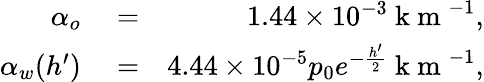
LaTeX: \begin{array}{rlr}{\alpha_{o}}&{{}=}&{1.44\times 10^{-3}\mathrm{~k~m~}^{-1},}\\ {\alpha_{w}(h^{\prime})}&{{}=}&{4.44\times 10^{-5}p_{0}e^{-\frac{h^{\prime}}{2}}\mathrm{~k~m~}^{-1},}\end{array}